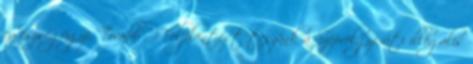
egészségügyi. Tovább › ›Feljelentést teszünk a Szépvölgyi úti illegális